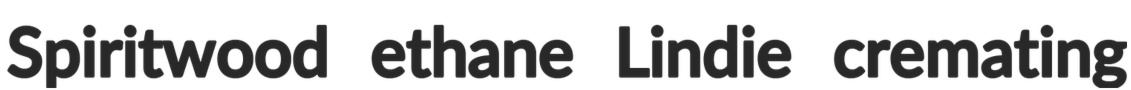
Spiritwood ethane Lindie cremating